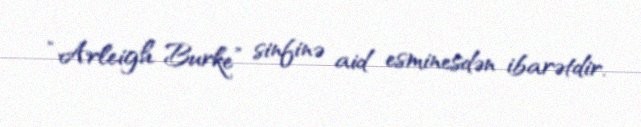
“Arleigh Burke” sinfinə aid esminesdən ibarətdir.